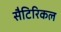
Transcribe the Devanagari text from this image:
सैटिरिकल